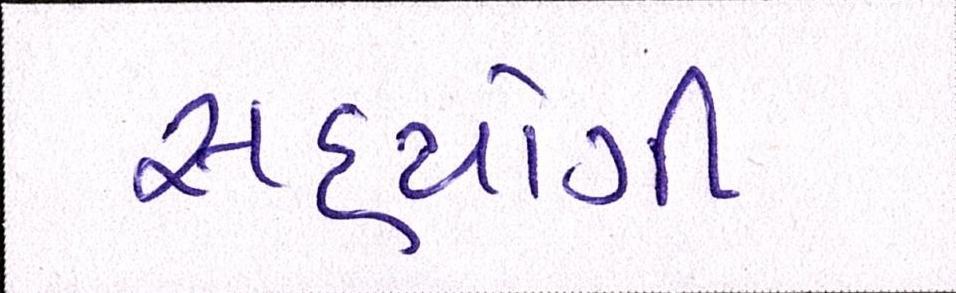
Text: સહયોગી